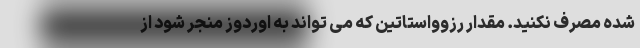
شده مصرف نکنید. مقدار رزوواستاتین که می تواند به اوردوز منجر شود از